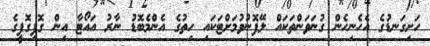
ހަށިގަނޑުގެ އެހެނިހެން ގުނަވަންތަކައް ލޭފޮނުވުމަށްޓަކައި ހިތުގެ އެންމެބޮޑު ނާރު އައޯޓާ އިން ގޮފިގޮފީގެ